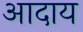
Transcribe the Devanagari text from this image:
आदाय